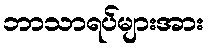
ဘာသာရပ်များအား